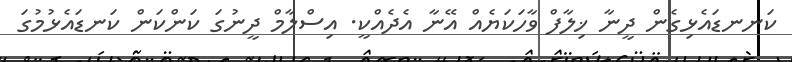
ކަނނޑައެޅިގެން ދީނާ ޚިލާފް ވާހަކަޔެއް އޭނާ އެދެއްކީ. އިސްލާމް ދީނުގަ ކަންކަން ކަނޑައެޅުމުގަ